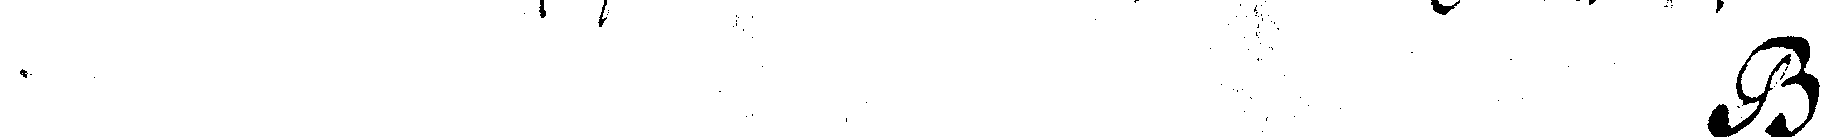
# s